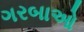
ગરબાઓ